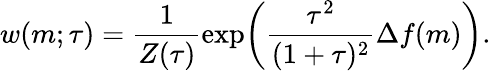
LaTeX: \begin{array}{ccc}{\displaystyle{w(m;\tau)=\frac{1}{Z(\tau)}\exp\! \bigg(\frac{\tau^{2}}{(1+\tau)^{2}}\Delta f(m)\bigg).}}\end{array}